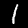
Label: 1